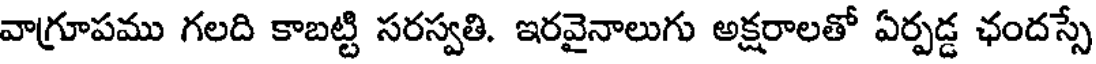
వాగ్రూపము గలది కాబట్టి సరస్వతి. ఇరవైనాలుగు అక్షరాలతో ఏర్పడ్డ ఛందస్సే